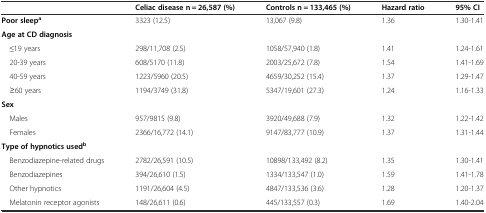
<table><thead><tr><td></td><td><b>Celiac disease n = 26,587 (%)</b></td><td><b>Controls n = 133,465 (%)</b></td><td><b>Hazard ratio</b></td><td><b>95% CI</b></td></tr></thead><tbody><tr><td><b>Poor sleep</b><sup><b>a</b></sup></td><td>3323 (12.5)</td><td>13,067 (9.8)</td><td>1.36</td><td>1.30-1.41</td></tr><tr><td><b>Age at CD diagnosis</b></td><td></td><td></td><td></td><td></td></tr><tr><td> ≤19 years</td><td>298/11,708 (2.5)</td><td>1058/57,940 (1.8)</td><td>1.41</td><td>1.24-1.61</td></tr><tr><td> 20-39 years</td><td>608/5170 (11.8)</td><td>2003/25,672 (7.8)</td><td>1.54</td><td>1.41-1.69</td></tr><tr><td> 40-59 years</td><td>1223/5960 (20.5)</td><td>4659/30,252 (15.4)</td><td>1.37</td><td>1.29-1.47</td></tr><tr><td> ≥60 years</td><td>1194/3749 (31.8)</td><td>5347/19,601 (27.3)</td><td>1.24</td><td>1.16-1.33</td></tr><tr><td><b>Sex</b></td><td></td><td></td><td></td><td></td></tr><tr><td> Males</td><td>957/9815 (9.8)</td><td>3920/49,688 (7.9)</td><td>1.32</td><td>1.22-1.42</td></tr><tr><td> Females</td><td>2366/16,772 (14.1)</td><td>9147/83,777 (10.9)</td><td>1.37</td><td>1.31-1.44</td></tr><tr><td><b>Type of hypnotics used</b><sup><b>b</b></sup></td><td></td><td></td><td></td><td></td></tr><tr><td> Benzodiazepine-related drugs</td><td>2782/26,591 (10.5)</td><td>10898/133,492 (8.2)</td><td>1.35</td><td>1.30-1.41</td></tr><tr><td> Benzodiazepines</td><td>394/26,610 (1.5)</td><td>1334/133,547 (1.0)</td><td>1.59</td><td>1.41-1.78</td></tr><tr><td> Other hypnotics</td><td>1191/26,604 (4.5)</td><td>4847/133,536 (3.6)</td><td>1.28</td><td>1.20-1.37</td></tr><tr><td> Melatonin receptor agonists</td><td>148/26,611 (0.6)</td><td>445/133,557 (0.3)</td><td>1.69</td><td>1.40-2.04</td></tr></tbody></table>